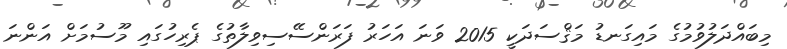
މިބައްދަލުވުމުގެ މައިގަނޑު މަޤްސަދަކީ 2015 ވަނަ އަހަރު ފަރަންސޭސިވިލާތުގެ ޕެރިހުގައި މޫސުމަށް އަންނަ